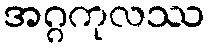
အဂ္ဂကုလဿ